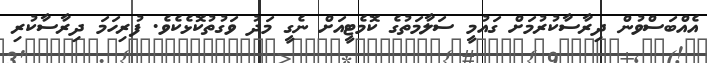
އެއްބަސްވުން ދިރާސާކުރުމަށް ގައުމީ ސަލާމަތުގެ ކޮމެޓީއަށް ނެގީ މަދު ވަގުތުކޮޅެކެވެ. ފުރިހަމަ ދިރާސާކުރި